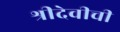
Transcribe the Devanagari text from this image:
श्रीदेवीची